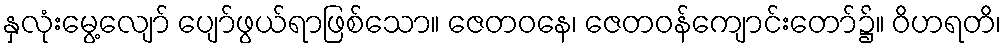
နှလုံးမွေ့လျော် ပျော်ဖွယ်ရာဖြစ်သော။ ဇေတဝနေ၊ ဇေတဝန်ကျောင်းတော်၌။ ဝိဟရတိ၊